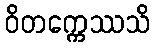
ဝိတက္ကေဿသိ